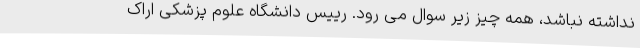
نداشته نباشد، همه چیز زیر سوال می رود. رییس دانشگاه علوم پزشکی اراک